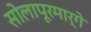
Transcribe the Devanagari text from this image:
सोलापूरमार्गे